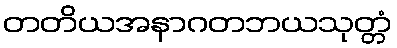
တတိယအနာဂတဘယသုတ္တံ